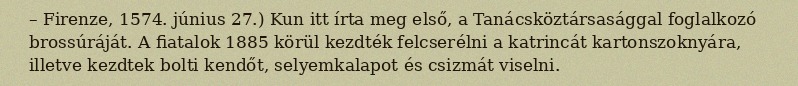
– Firenze, 1574. június 27.) Kun itt írta meg első, a Tanácsköztársasággal foglalkozó brossúráját. A fiatalok 1885 körül kezdték felcserélni a katrincát kartonszoknyára, illetve kezdtek bolti kendőt, selyemkalapot és csizmát viselni.